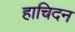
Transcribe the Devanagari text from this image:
हाचिदन